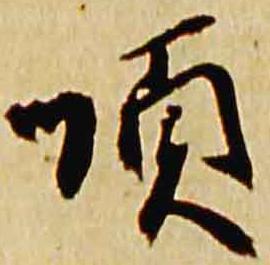
順